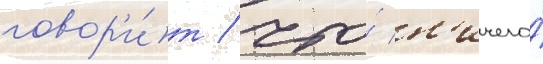
говор'и́т / что́ н'ичего́